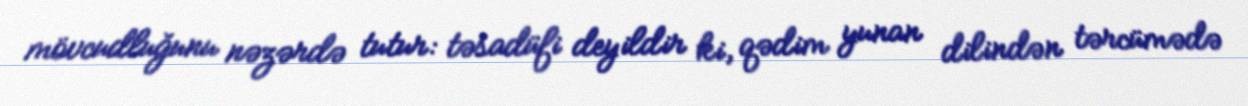
mövcudluğunu nəzərdə tutur: təsadüfi deyildir ki, qədim yunan dilindən tərcümədə